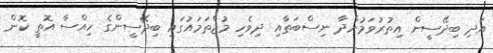
އަދި ބިދޭސީން އިތުރުވަމުންދާ ނިސްބަތާއި ދިވެހި މުޖްތަމައުގައި ބިދޭސީންގެ ހިއްސާ އޮތީ ކޮން